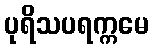
ပုရိသပရက္ကမေ